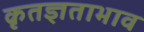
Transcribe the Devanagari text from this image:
कृतज्ञताभाव